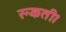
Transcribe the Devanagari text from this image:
रूकती।